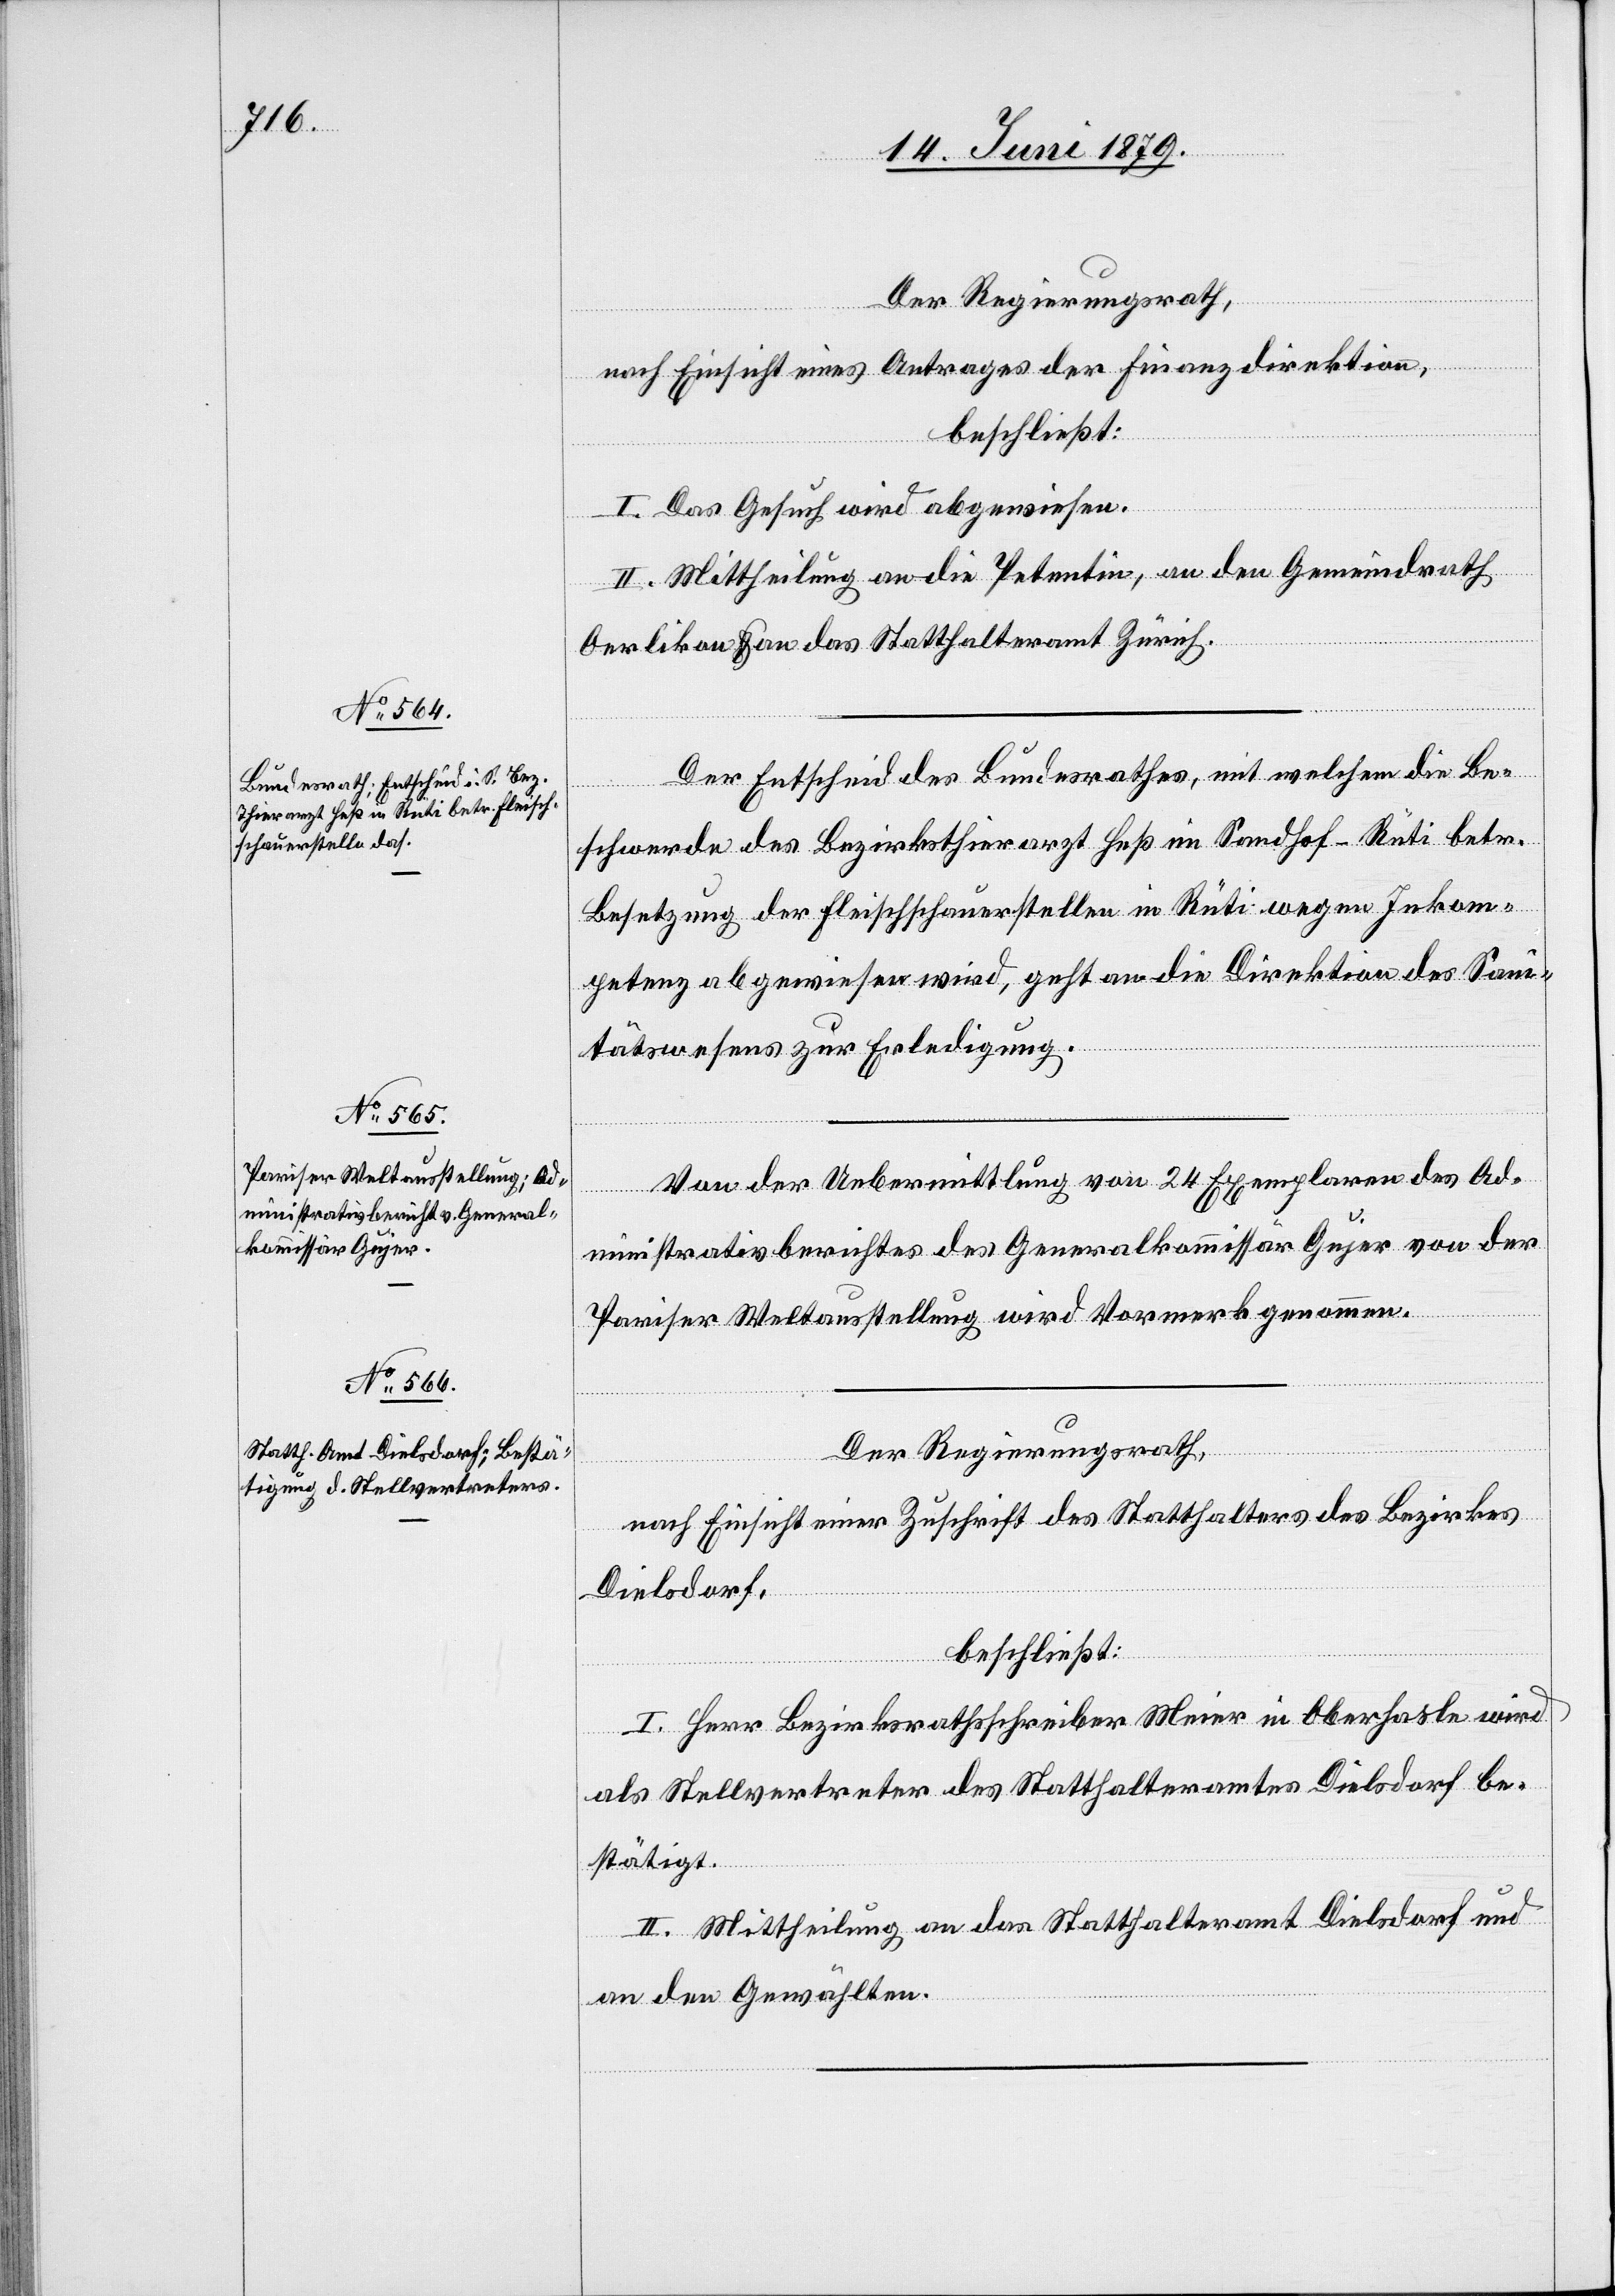
Der Regierungsrath,
nach Einsicht eines Antrages der Finanzdirektion,
beschließt:
I. Das Gesuch wird abgewiesen.
II. Mittheilung an die Petentin, an den Gemeindrath
Oerlikon & an das Statthalteramt Zürich.
Der Entscheid des Bundesrathes, mit welchem die Be¬
schwerde des Bezirksthierarzt Heß im Sandhof - Rüti betr.
Besetzung der Fleischschauerstellen in Rüti wegen Inkom¬
petenz abgewiesen wird, geht an die Direktion des Sani¬
tätswesens zur Erledigung.
Von der Uebermittlung von 24 Exemplaren des Ad¬
ministrativberichtes des Generalkommissär Gujer von der
Pariser Weltausstellung wird Vormerk genommen.
Der Regierungsrath,
nach Einsicht einer Zuschrift des Statthalters des Bezirkes
Dielsdorf,
beschließt:
I. Herr Bezirksrathsschreiber Meier in Oberhasle wird
als Stellvertreter des Statthalteramtes Dielsdorf be¬
stätigt.
II. Mittheilung an das Statthalteramt Dielsdorf und
an den Gewählten.